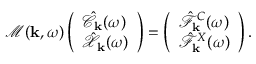
\mathcal { M } ( { \bf k } , \omega ) \left( \begin{array} { l } { \hat { \mathcal { C } } _ { \bf k } ( \omega ) } \\ { \hat { \mathcal { X } } _ { \bf k } ( \omega ) } \end{array} \right) = \left( \begin{array} { l } { \hat { \mathcal { F } } _ { { \bf k } } ^ { C } ( \omega ) } \\ { \hat { \mathcal { F } } _ { { \bf k } } ^ { X } ( \omega ) } \end{array} \right) .